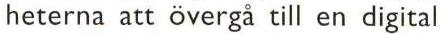
heterna att övergå till en digital